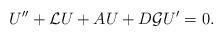
LaTeX: \begin{align*}U''+\mathcal LU +AU+D\mathcal GU'=0. \end{align*}